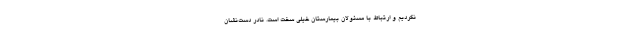
نکردیم و ارتباط با مسئولان بیمارستان خیلی سخت است. نادر دست‌نشان